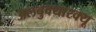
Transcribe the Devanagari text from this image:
अलबुक्यारक्यू